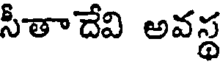
సీతాదేవి అవస్థ